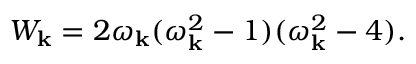
W _ { \bf k } = 2 \omega _ { \bf k } ( \omega _ { \bf k } ^ { 2 } - 1 ) ( \omega _ { \bf k } ^ { 2 } - 4 ) .